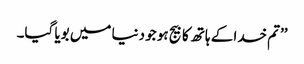
’’تم خدا کے ہاتھ کا بیج ہو جو دنیا میں بویا گیا۔